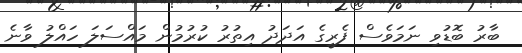
ބާރު ބޮޑުވި ނަމަވެސް ފެރީގެ އަދަދު އިތުރު ކުރުމުން މައްސަލަ ހައްލު ވާނެ